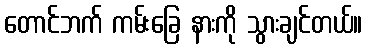
တောင်ဘက် ကမ်းခြေ နားကို သွားချင်တယ်။